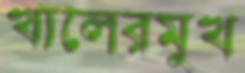
খালেরমুখ